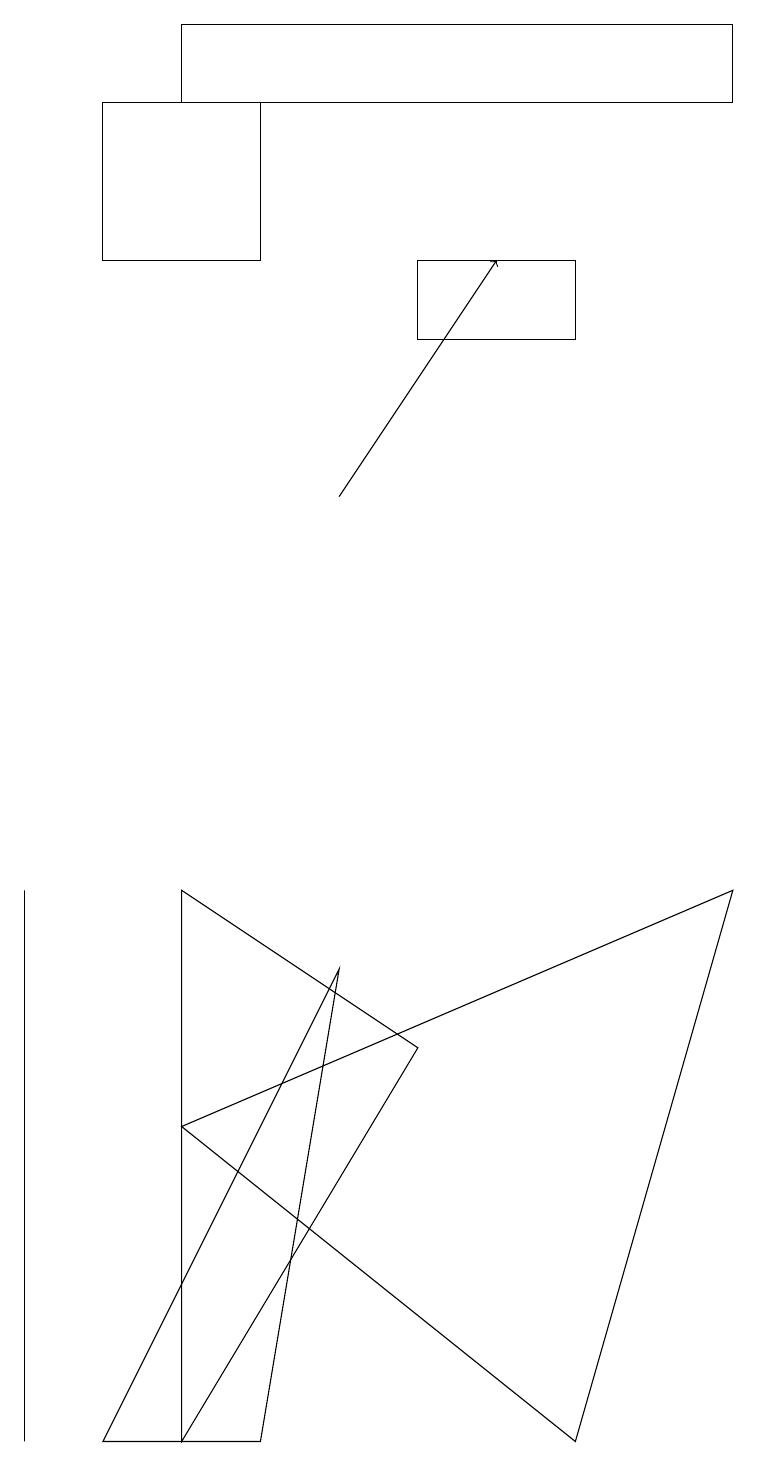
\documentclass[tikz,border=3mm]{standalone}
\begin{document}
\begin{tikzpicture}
\draw (3,18) rectangle (1,16);
\draw (5,16) rectangle (7,15);
\draw (2,18) rectangle (9,19);
\draw (0,8) -- (0,6) -- (0,1) -- cycle;
\draw (2,1) -- (2,8) -- (5,6) -- cycle;
\draw (9,8) -- (2,5) -- (7,1) -- cycle;
\draw (1,1) -- (3,1) -- (4,7) -- cycle;
\draw[->] (4,13) -- (6,16);
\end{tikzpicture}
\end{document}